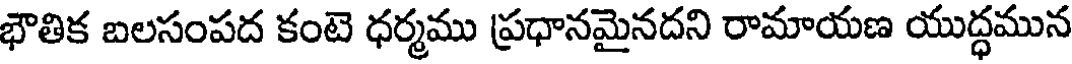
భౌతిక బలసంపద కంటె ధర్మము ప్రధానమైనదని రామాయణ యుద్ధమున